Annual report of the Punjab Veterinary College and of the Civil Veterinary Department, Punjab - 1926-1932
Year: 1926
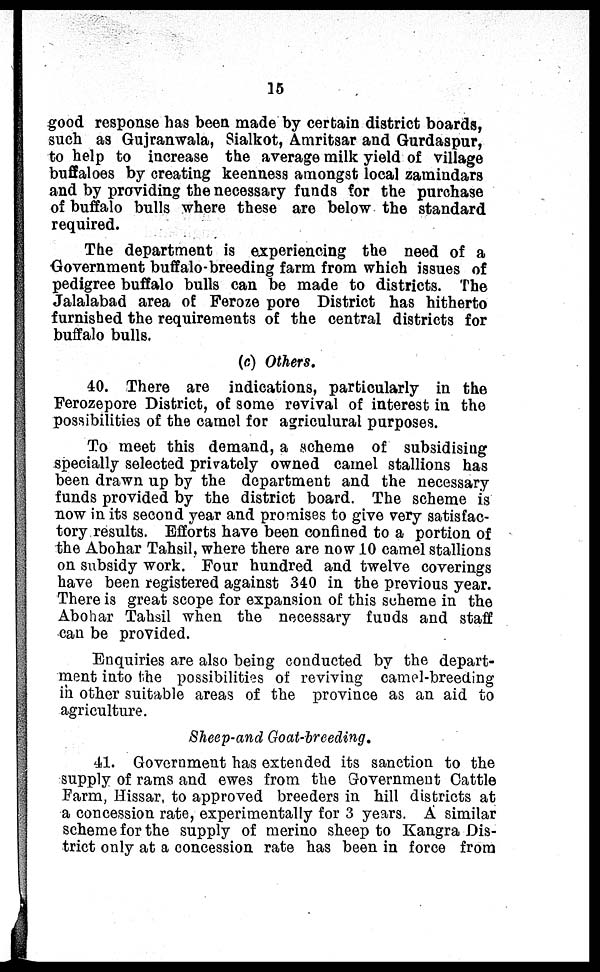
15
good response has been made by certain district boards,
such as Gujranwala, Sialkot, Amritsar and Gurdaspur,
to help to increase the average milk yield of village
buffaloes by creating keenness amongst local zamindars
and by providing the necessary funds for the purchase
of buffalo bulls where these are below the standard
required.
The department is experiencing the need of a
Government buffalo-breeding farm from which issues of
pedigree buffalo bulls can be made to districts. The
Jalalabad area of Feroze pore District has hitherto
furnished the requirements of the central districts for
buffalo bulls.
(c) Others.
40. There are indications, particularly in the
Ferozepore District, of some revival of interest in the
possibilities of the camel for agriculural purposes.
To meet this demand, a scheme of subsidising
specially selected privately owned camel stallions has
been drawn up by the department and the necessary
funds provided by the district board. The scheme is
now in its second year and promises to give very satisfac-
tory results. Efforts have been confined to a portion of
the Abohar Tahsil, where there are now 10 camel stallions
on subsidy work. Four hundred and twelve coverings
have been registered against 340 in the previous year.
There is great scope for expansion of this scheme in the
Abohar Tahsil when the necessary funds and staff
can be provided.
Enquiries are also being conducted by the depart-
ment into the possibilities of reviving camel-breeding
in other suitable areas of the province as an aid to
agriculture.
Sheep-and Goat-breeding.
41. Government has extended its sanction to the
supply of rams and ewes from the Government Cattle
Farm, Hissar, to approved breeders in hill districts at
a concession rate, experimentally for 3 years. A similar
scheme for the supply of merino sheep to Kangra Dis-
trict only at a concession rate has been in force from